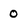
Character: 0